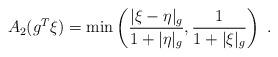
LaTeX: \begin{align*} A_2(g^T \xi) = \min \left( \frac{|\xi- \eta|_g}{1+|\eta|_g},\frac{1}{1+|\xi|_g} \right)~. \end{align*}